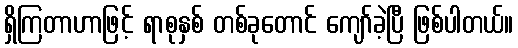
ရှိကြတာဟာဖြင့် ရာစုနှစ် တစ်ခုတောင် ကျော်ခဲ့ပြီ ဖြစ်ပါတယ်။